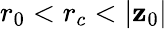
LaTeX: r_{0}<r_{c}<|\mathbf{z}_{0}|